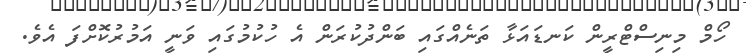
ހޯމް މިނިސްޓްރީން ކަނޑައަޅާ ތަނެއްގައި ބަންދުކުރަން އެ ހުކުމުގައި ވަނީ އަމުރުކޮށްފަ އެވެ.